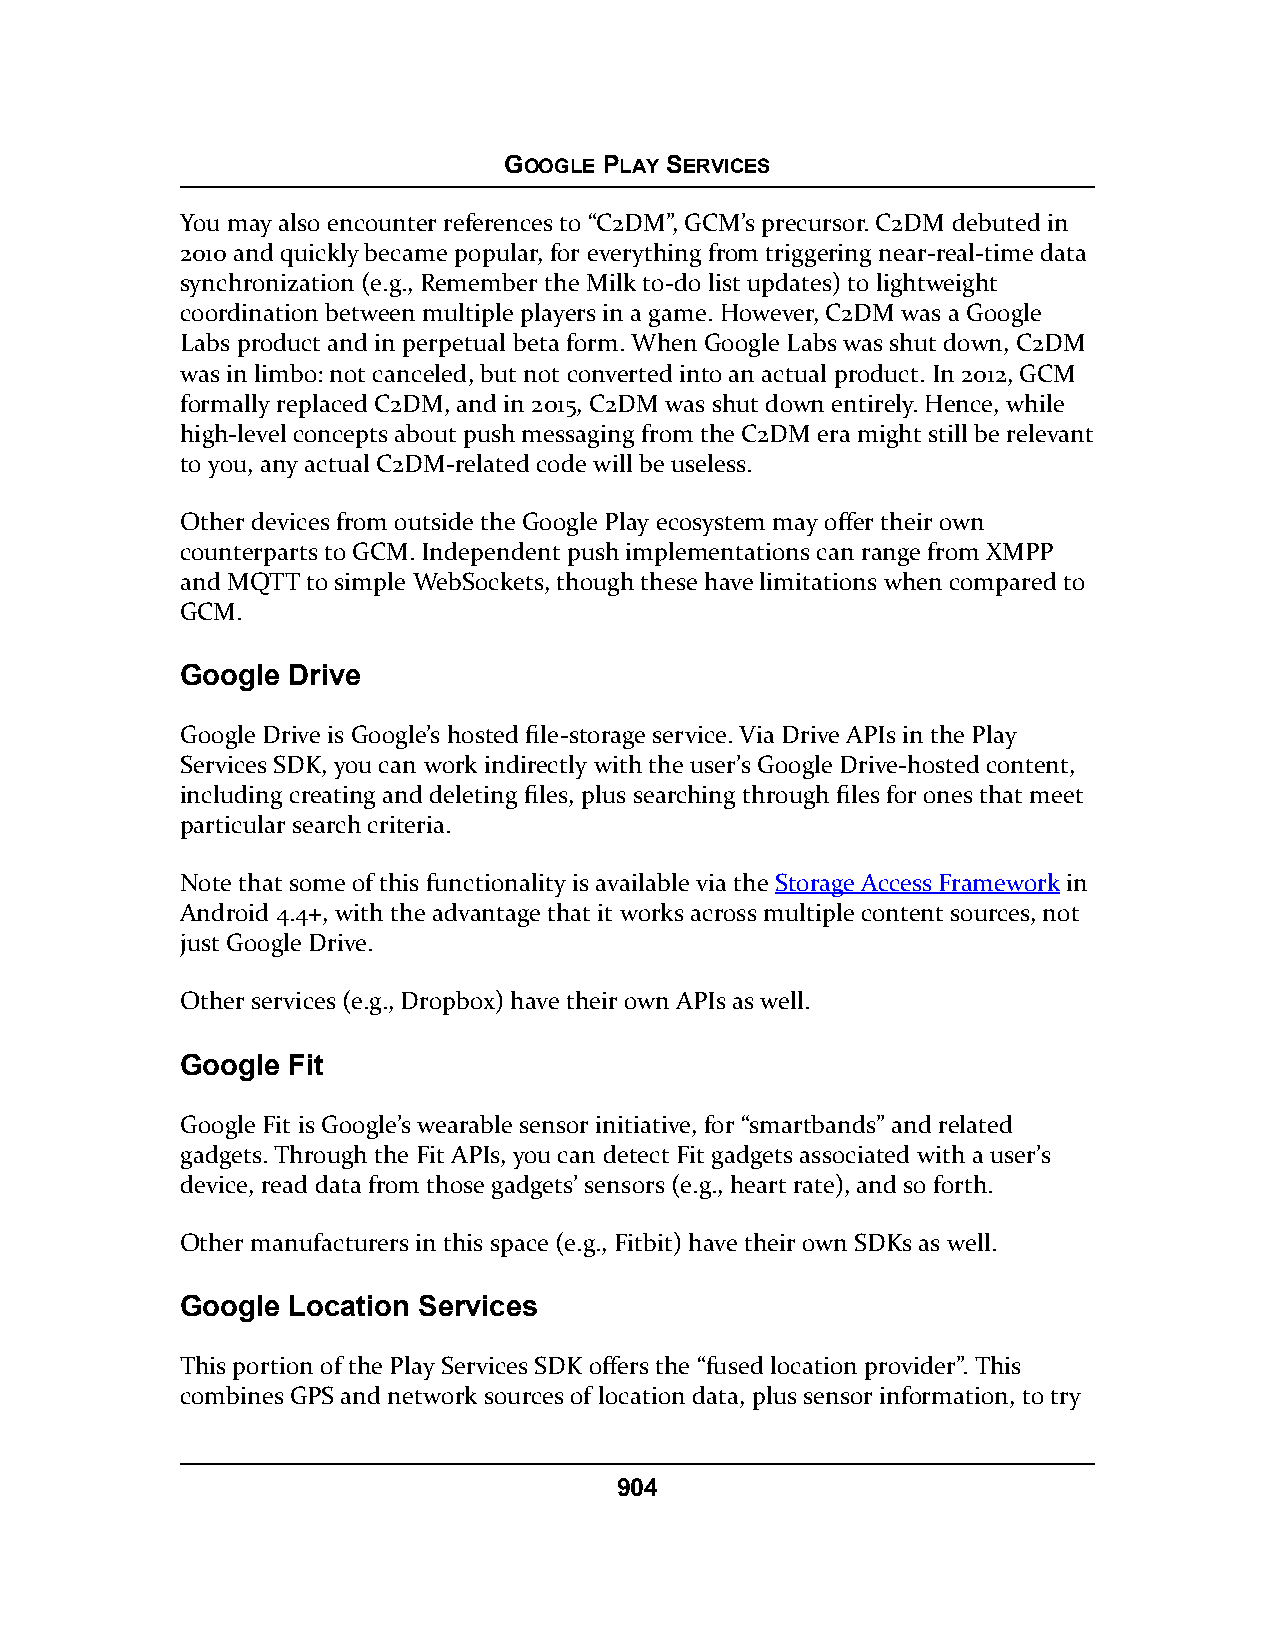
GOOGLE PLAY SERVICES
 You may also encounter references to “C2DM”, GCM’s precursor. C2DM debuted in
 2010 and quickly became popular, for everything from triggering near-real-time data
 synchronization (e.g., Remember the Milk to-do list updates) to lightweight
 coordination between multiple players in a game. However, C2DM was a Google
 Labs product and in perpetual beta form. When Google Labs was shut down, C2DM
 was in limbo: not canceled, but not converted into an actual product. In 2012, GCM
 formally replaced C2DM, and in 2015, C2DM was shut down entirely. Hence, while
 high-level concepts about push messaging from the C2DM era might still be relevant
 to you, any actual C2DM-related code will be useless.
 Other devices from outside the Google Play ecosystem may offer their own
 counterparts to GCM. Independent push implementations can range from XMPP
 and MQTT to simple WebSockets, though these have limitations when compared to
 GCM.
 Google Drive
 Google Drive is Google’s hosted file-storage service. Via Drive APIs in the Play
 Services SDK, you can work indirectly with the user’s Google Drive-hosted content,
 including creating and deleting files, plus searching through files for ones that meet
 particular search criteria.
 Note that some of this functionality is available via the Storage Access Framework in
 Android 4.4+, with the advantage that it works across multiple content sources, not
 just Google Drive.
 Other services (e.g., Dropbox) have their own APIs as well.
 Google Fit
 Google Fit is Google’s wearable sensor initiative, for “smartbands” and related
 gadgets. Through the Fit APIs, you can detect Fit gadgets associated with a user’s
 device, read data from those gadgets’ sensors (e.g., heart rate), and so forth.
 Other manufacturers in this space (e.g., Fitbit) have their own SDKs as well.
 Google Location Services
 This portion of the Play Services SDK offers the “fused location provider”. This
 combines GPS and network sources of location data, plus sensor information, to try
 904